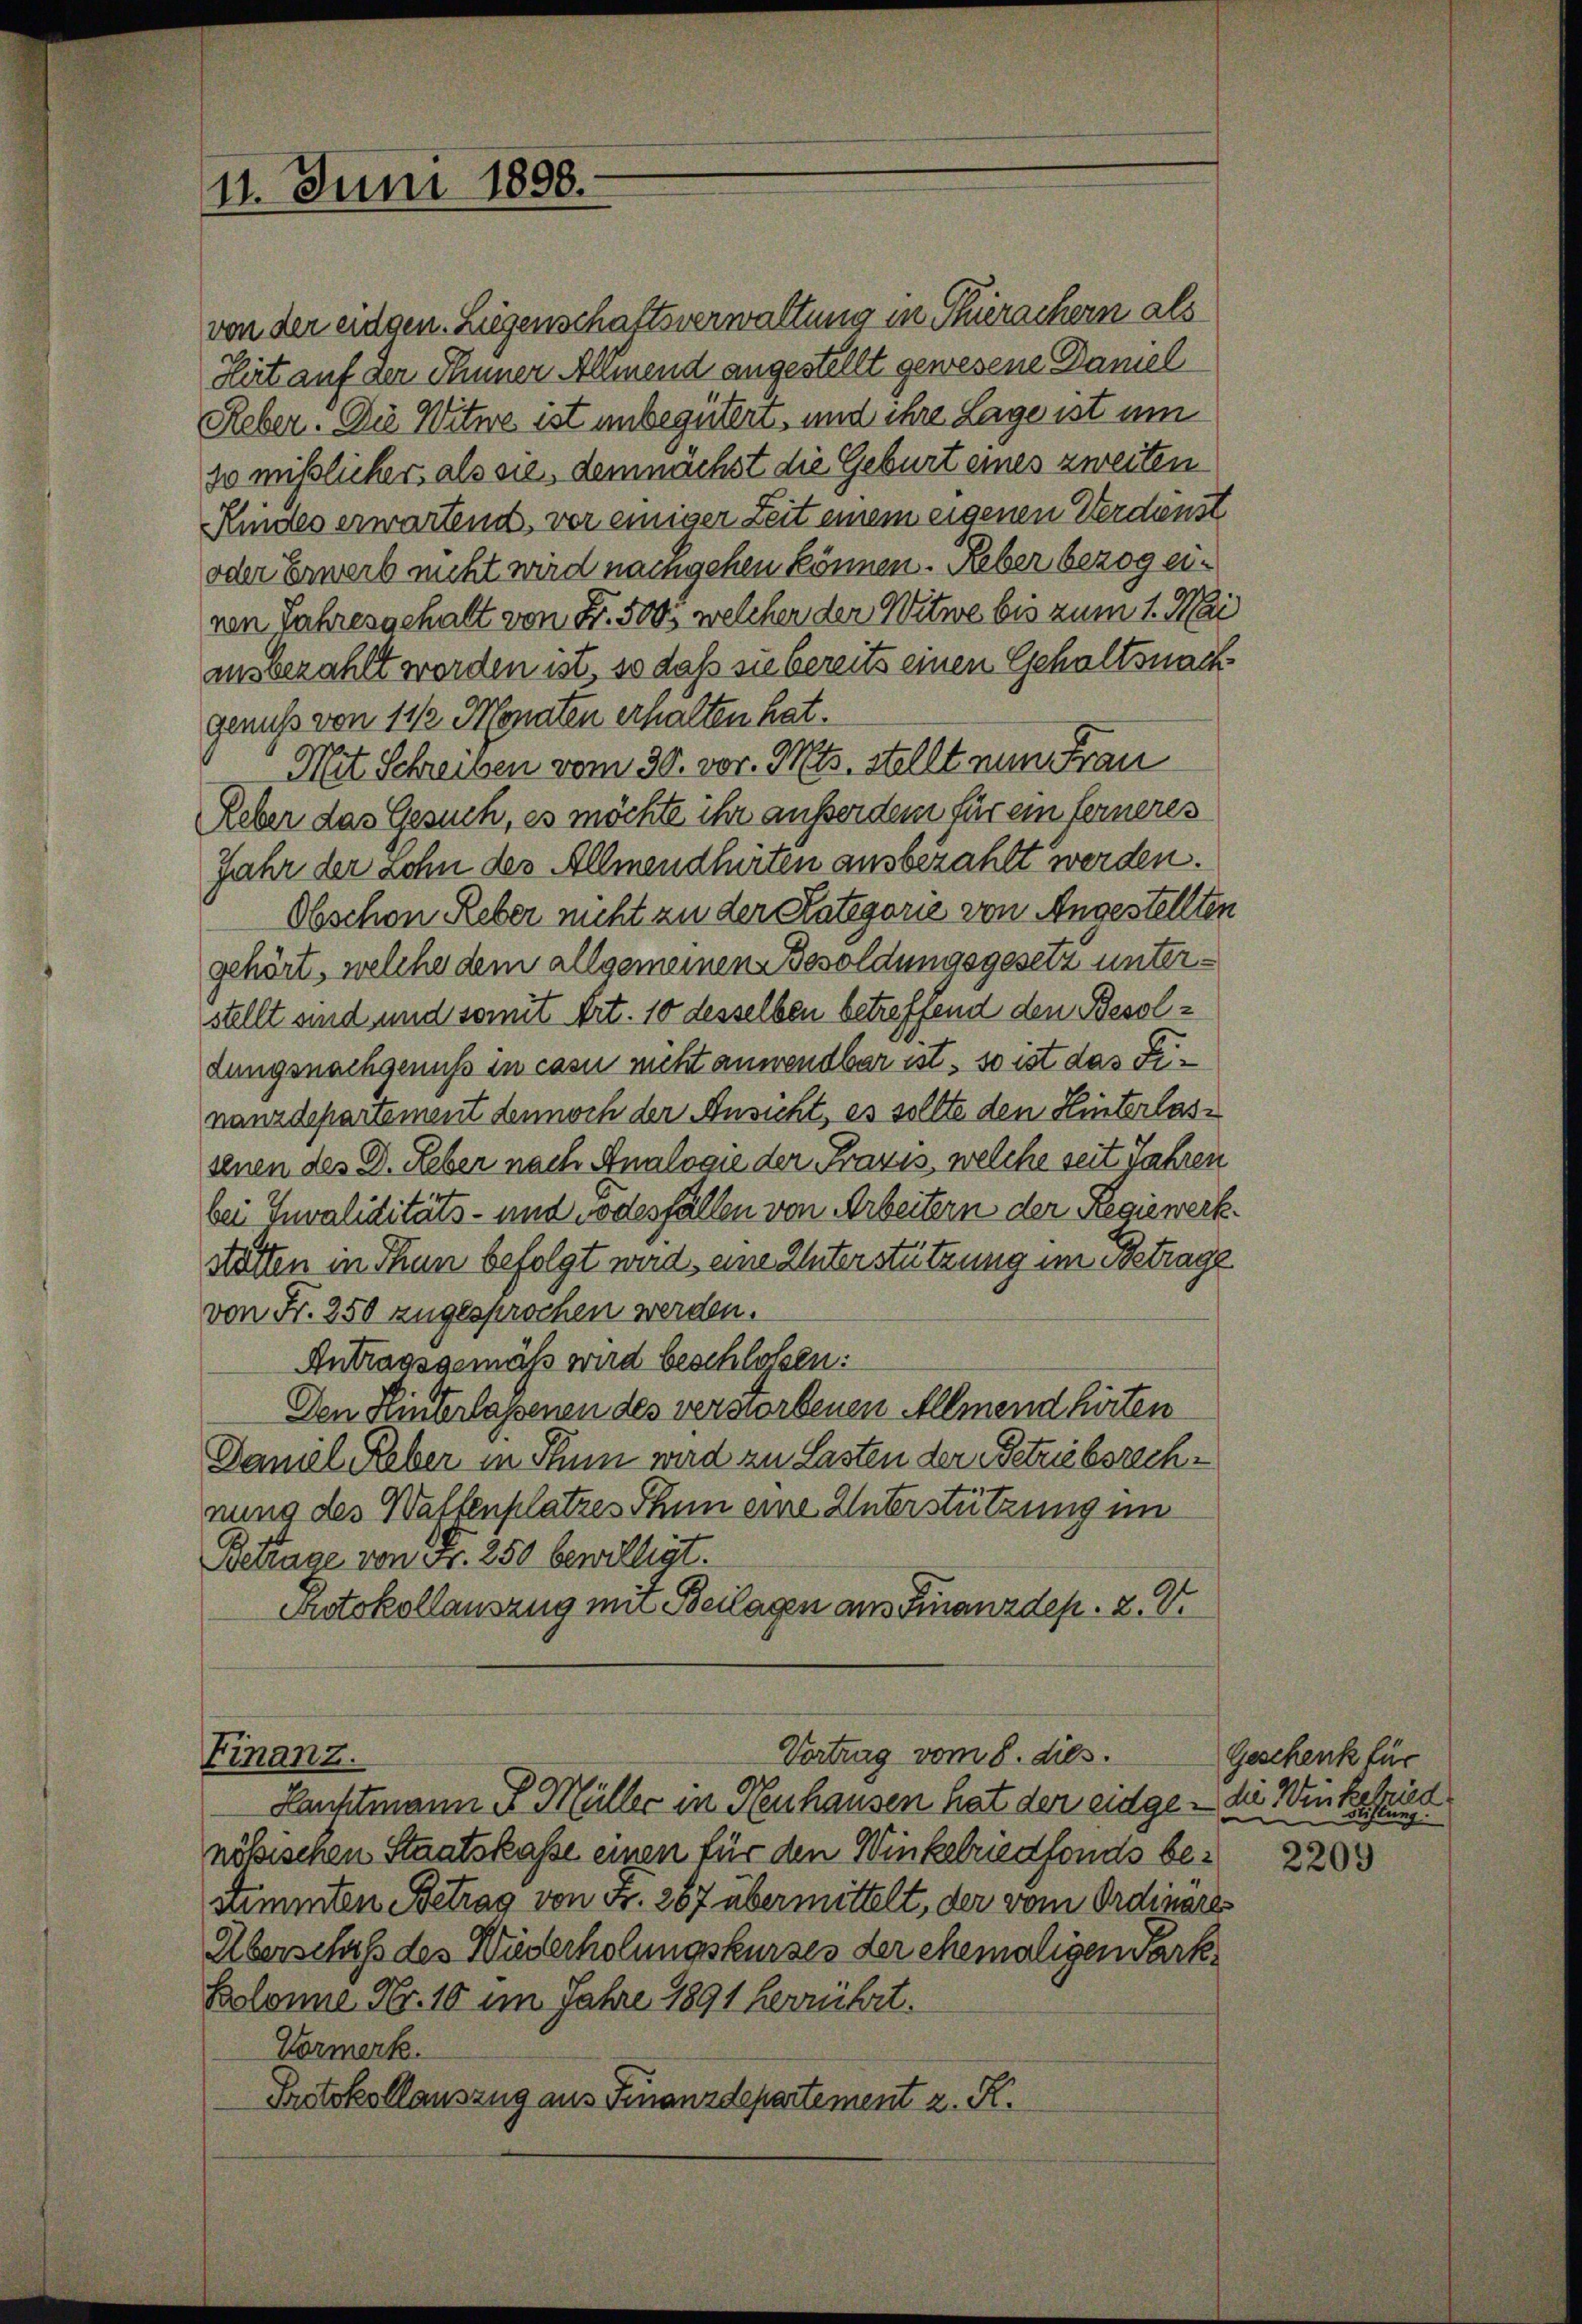
11. Juni 1888.

von der eidgen. Liegenschaftsverwaltung in Thierachern als
Hirt auf den Thuner Allmend angestellt gewesene Daniel
Reber. Die Witwe ist unbegütert, und ihre Lage ist um
30 mißlicher als sie, demnächst die Geburt eines zweiten
Kindes erwartend, vor einiger Zeit einem eigenen Verdenst
oder Erwerb nicht wird nachgehen können. Reber bezog ervon Jahresgehalt von Fr. 500 welcher der Witwe bis zum 1. Mai
ausbezahlt werden ist, so daß sie bereits einen Gehaltsnach
genuß von 1 1/2 Monaten erhalten hat.
Mit Schreiben vom 30. vor. Mts. stellt nun Frau
Reber das Gesuch, es möchte ihr außerdem für ein ferneres
Jahr der Lohn des Allmendlirten ausbezahlt werden.
Obschon Reber nicht zu der Kategorie von Angestellten
gehört, welche dem allgemeinen Besoldungsgesetz unterstellt und und somit Art. 10 desselben betreffend den Besoldungsnachgenuß in casu nicht anwendbar ist, so ist das Finanzdepartement dennoch der Ansicht, es sollte den Hinterlassenen des D. Reber nach Analogie der Praxis, welche seit Jahren
bei Invaliditäts- und Todesfällen von Arbeitern der Regiewerkstatten in Thun befolgt wird, eine Unterstützung im Betrage
von Fr. 250 zugesprochen werden.
Antragsgemäß wird beschlossen:
Den Hinterlassenen des verworbenen Allmend hörten
Daniel Reber in Thun wird zu Lasten der Betriebsrechnung des Waffenplatzes Thun eine Unterstützung im
Betrage von Fr. 250 bewilligt.
Protokollauszug mit Beilagen aus Finanzdep. 2. V.

Vortrag vom 8. dies.
Finanz.

Kanhtmann P. Müller in Neuhausen hat der eidge - die Winkehrun
nössischen Staatskasse einen für den Winkelriedfonds bestimmten Betrag von Fr. 287 übermittelt, der vom Ordinäres
Überschuß des Widerholungskurses der ehemaligen Park¬
Bolonne Nr. 10 im Jahre 1891 herrührt.
Vormerk.
Protokollauszug aus Finanzdepartement z. R.

Geschenk für

2209